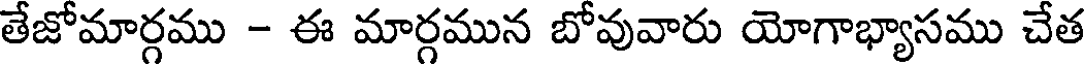
తేజోమార్గము - ఈ మార్గమున బోవువారు యోగాభ్యాసము చేత